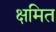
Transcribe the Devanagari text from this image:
क्षमित